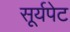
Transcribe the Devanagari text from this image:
सूर्यपेट